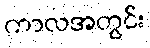
ကာလအတွင်း